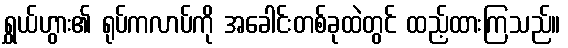
ရွှယ်ဟွား၏ ရုပ်ကလာပ်ကို အခေါင်းတစ်ခုထဲတွင် ထည့်ထားကြသည်။